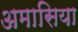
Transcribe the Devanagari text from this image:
अमासिया